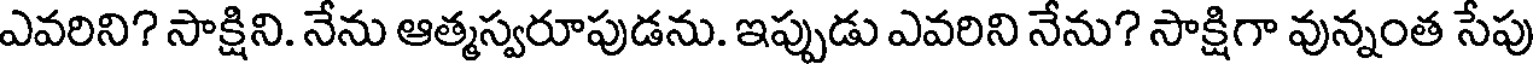
ఎవరిని? సాక్షిని. నేను ఆత్మస్వరూపుడను. ఇప్పుడు ఎవరిని నేను? సాక్షిగా వున్నంత సేపు